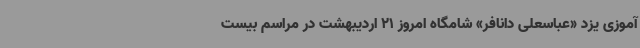
‌آموزی یزد «عباسعلی دانافر» شامگاه امروز 21 اردیبهشت در مراسم بیست